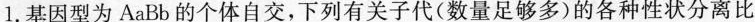
1. 基因型为AaBb的个体自交，下列有关子代(数量足够多)的各种性状分离比